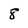
Character: 8